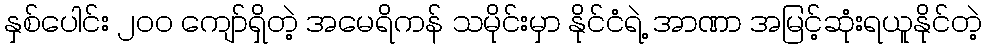
နှစ်ပေါင်း ၂၀၀ ကျော်ရှိတဲ့ အမေရိကန် သမိုင်းမှာ နိုင်ငံရဲ့ အာဏာ အမြင့်ဆုံးရယူနိုင်တဲ့